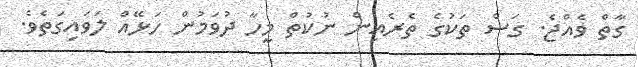
ގާތް ވެއްޖެ. ގަސް ތަކުގެ ތެރެއިން ނުކުތް މީހާ ދުވަމުން ހަޅޭއް ލަވައިގަތެވެ.